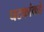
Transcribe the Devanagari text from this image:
घटकांकडे